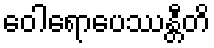
ဝေါရောပေဿန္တီတိ